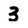
Character: 3